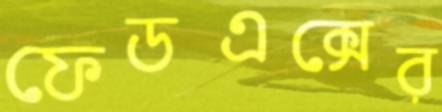
ফেডএক্সের